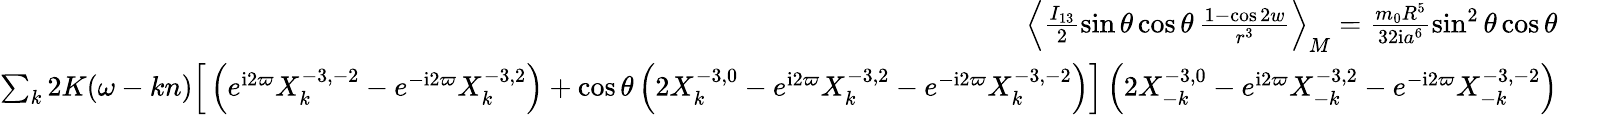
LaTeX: \begin{array}{rlr}{\left\langle\frac{I_{13}}{2}\sin\theta\cos\theta\, \frac{1-\cos 2w}{r^{3}}\right\rangle_{M}=\frac{m_{0}R^{5}}{32\mathrm{i}a^{6}}\sin^{2}\theta\cos\theta}&{}&\\ {\sum_{k}2K(\omega-kn)\Big[\left(e^{\mathrm{i}2\varpi}X_{k}^{-3,-2}-e^{-\mathrm{i}2\varpi}X_{k}^{-3,2}\right)+\cos\theta\left(2X_{k}^{-3,0}-e^{\mathrm{i}2\varpi}X_{k}^{-3,2}-e^{-\mathrm{i}2\varpi}X_{k}^{-3,-2}\right)\Big]\left(2X_{-k}^{-3,0}-e^{\mathrm{i}2\varpi}X_{-k}^{-3,2}-e^{-\mathrm{i}2\varpi}X_{-k}^{-3,-2}\right)}\end{array}